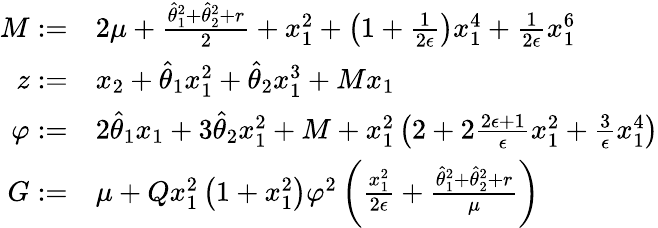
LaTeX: \begin{array}{rl}{M:=}&{2\mu+\frac{\hat{\theta}_{1}^{2}+\hat{\theta}_{2}^{2}+r}{2}+x_{1}^{2}+\left(1+\frac{1}{2\epsilon}\right)x_{1}^{4}+\frac{1}{2\epsilon}x_{1}^{6}}\\ {z:=}&{x_{2}+\hat{\theta}_{1}x_{1}^{2}+\hat{\theta}_{2}x_{1}^{3}+Mx_{1}}\\ {\varphi:=}&{2\hat{\theta}_{1}x_{1}+3\hat{\theta}_{2}x_{1}^{2}+M+x_{1}^{2}\left(2+2\frac{2\epsilon+1}{\epsilon}x_{1}^{2}+\frac{3}{\epsilon}x_{1}^{4}\right)}\\ {G:=}&{\mu+Qx_{1}^{2}\left(1+x_{1}^{2}\right)\varphi^{2}\left(\frac{x_{1}^{2}}{2\epsilon}+\frac{\hat{\theta}_{1}^{2}+\hat{\theta}_{2}^{2}+r}{\mu}\right)}\end{array}